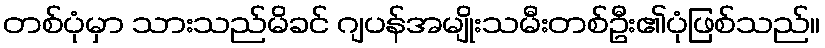
တစ်ပုံမှာ သားသည်မိခင် ဂျပန်အမျိုးသမီးတစ်ဦး၏ပုံဖြစ်သည်။